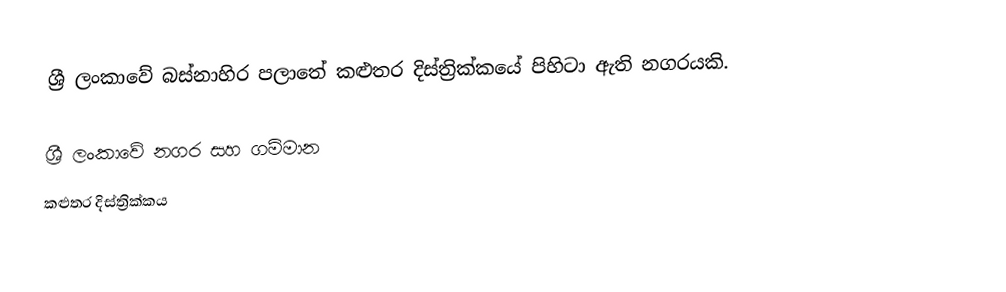
ශ්‍රී ලංකාවේ බස්නාහිර පලාතේ කළුතර දිස්ත්‍රික්කයේ පිහිටා ඇති නගරයකි.

ශ්‍රී ලංකාවේ නගර සහ ගම්මාන
කළුතර දිස්ත්‍රික්කය